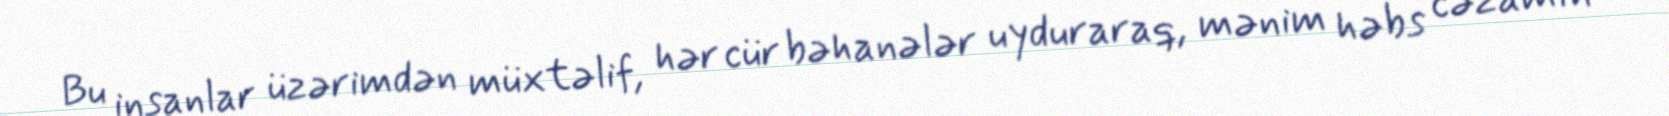
Bu insanlar üzərimdən müxtəlif, hər cür bəhanələr uyduraraq, mənim həbs cəzamın